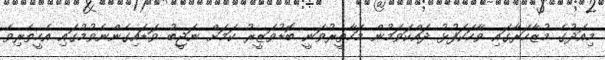
މިއަދުގެ މުޒާހަރާގައި ވާހަކަފުޅު ދައްކަވަމުން މަހާތީރުވަނީ ބޮޑުވަޒީރު ކަމަށް ނަޖީބު ވަޑައިގެންނެވުމުގައި އެހީތެރިވެ